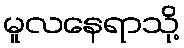
မူလနေရာသို့